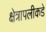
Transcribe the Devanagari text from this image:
क्षेत्रापलीकडे